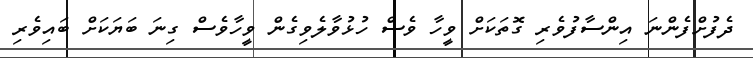
ދެފުށްފެންނަ އިންސާފުވެރި ގޮތަކަށް ވީހާ ވެސް ހުޅުވާލެވިގެން ވީހާވެސް ގިނަ ބަޔަކަށް ބައިވެރި